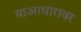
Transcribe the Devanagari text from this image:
याआधारावर